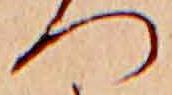
つ